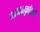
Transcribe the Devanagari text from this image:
मानवाकृतियों